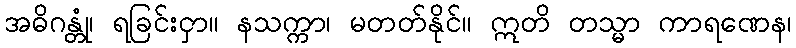
အဓိဂန္တုံ၊ ရခြင်းငှာ။ နသက္ကာ၊ မတတ်နိုင်။ ဣတိ တသ္မာ ကာရဏေန၊